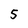
Character: 5